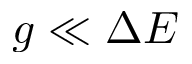
g \ll \Delta E